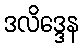
ဒလိဒ္ဒေန